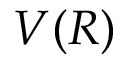
V ( R )